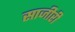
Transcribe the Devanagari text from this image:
साजीरी